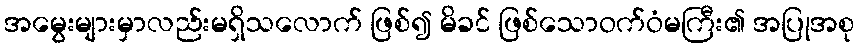
အမွေးများမှာလည်းမရှိသလောက် ဖြစ်၍ မိခင် ဖြစ်သောဝက်ဝံမကြီး၏ အပြုအစု